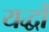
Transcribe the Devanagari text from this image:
यद्धों